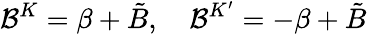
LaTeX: \mathcal{B}^{K}=\beta+\tilde{B},\quad\mathcal{B}^{K^{\prime}}=-\beta+\tilde{B}